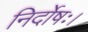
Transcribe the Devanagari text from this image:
निर्दोषः।